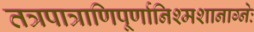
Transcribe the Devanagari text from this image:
तत्रपात्राणिपूर्णानिश्मशानाग्नेः